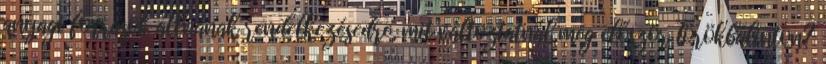
anyagi források állnának rendelkezésedre, mit változtatnál meg először Törökbálinton?